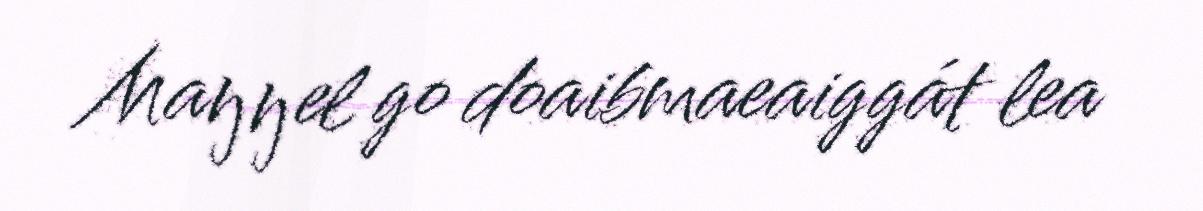
Maŋŋel go doaibmaeaiggát lea